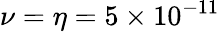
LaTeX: \nu=\eta=5\times 10^{-11}